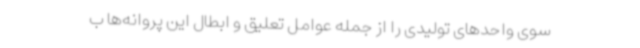
سوی واحدهای تولیدی را از جمله عوامل تعلیق و ابطال این پروانه‌ها ب